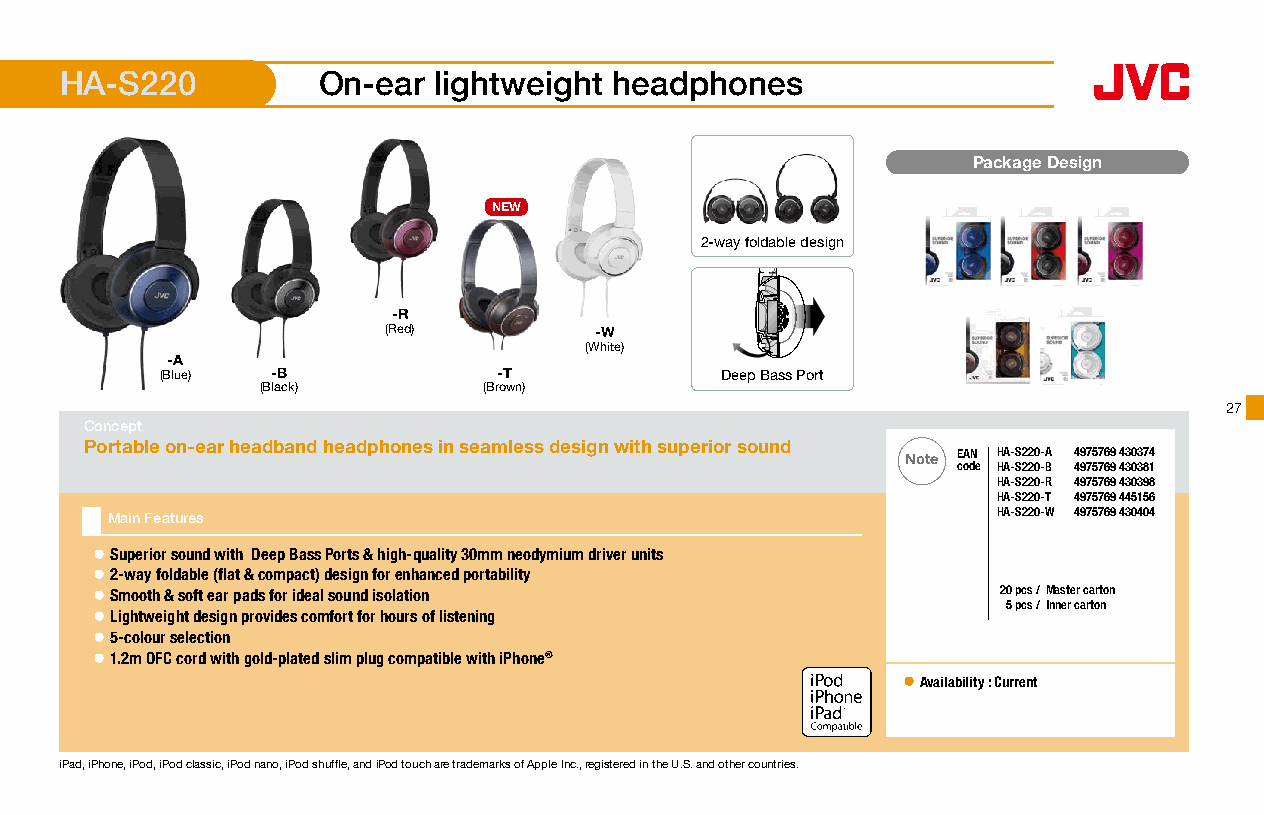
HA-S220          On-ear  lightweight headphones
 Package Design
 NEW
 2-way foldable design
 -R
 (Red)        -W
 (White)
 -A
 (Blue) -B             -T             Deep Bass Port
 (Black)        (Brown)
 27
 Concept
 Portable on-ear headband headphones in seamless design with superior sound
 Note EAN HA-S220-A 4975769 430374
 code HA-S220-B 4975769 430381
 HA-S220-R 4975769 430398
 HA-S220-T 4975769 445156
 Main Features                                              HA-S220-W 4975769 430404
 ● Superior sound with Deep Bass Ports & high-quality 30mm neodymium driver units
 ● 2-way foldable (flat & compact) design for enhanced portability
 ● Smooth & soft ear pads for ideal sound isolation          20 pcs /Master carton
 5 pcs / Inner carton
 ● Lightweight design provides comfort for hours of listening
 ● 5-colour selection
 ● 1.2m OFC cord with gold-plated slim plug compatible with iPhone®
 ● Availability : Current
 16 x 16mm
 iPad, iPhone, iPod, iPod classic, iPod nano, iPod shuffle, and iPod touch are trademarks of Apple Inc., registered in the U.S. and other countries.